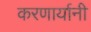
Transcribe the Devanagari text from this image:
करणार्यानी